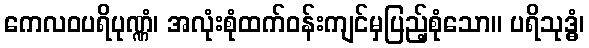
ကေလဝပရိပုဏ္ဏံ၊ အလုံးစုံထက်ဝန်းကျင်မှပြည့်စုံသော။ ပရိသုဒ္ဓံ၊